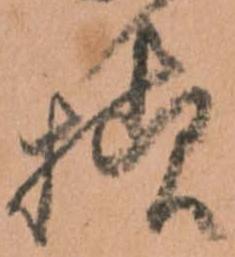
様